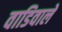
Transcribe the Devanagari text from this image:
वाडिवाले